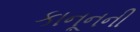
કાનૂનની